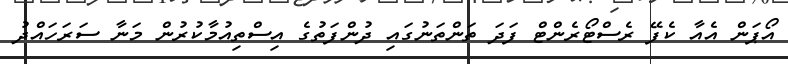
އޯޕަން އެއާ ކެފޭ ރެސްޓޯރެންޓް ފަދަ ތަންތަނުގައި ދުންފަތުގެ އިސްތިއުމާކުރުން މަނާ ސަރަހައްދު